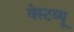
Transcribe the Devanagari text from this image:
वेस्टव्यू